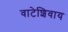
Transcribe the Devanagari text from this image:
वाटेशिवाय